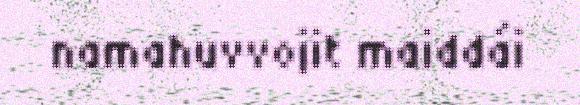
namahuvvojit maiddái